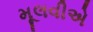
મૂલવીએ